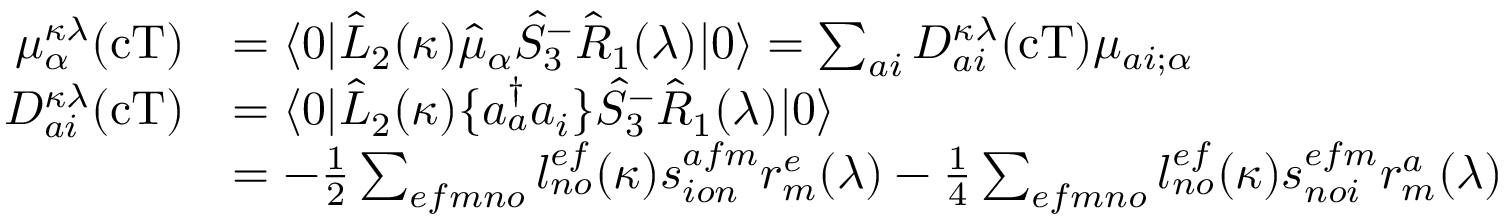
\begin{array} { r l } { \mu _ { \alpha } ^ { \kappa \lambda } ( \mathrm { c T } ) } & { = \langle 0 | \hat { L } _ { 2 } ( \kappa ) \hat { \mu } _ { \alpha } \hat { S } _ { 3 } ^ { - } \hat { R } _ { 1 } ( \lambda ) | 0 \rangle = \sum _ { a i } D _ { a i } ^ { \kappa \lambda } ( \mathrm { c T } ) \mu _ { a i ; \alpha } } \\ { D _ { a i } ^ { \kappa \lambda } ( \mathrm { c T } ) } & { = \langle 0 | \hat { L } _ { 2 } ( \kappa ) \{ a _ { a } ^ { \dagger } a _ { i } \} \hat { S } _ { 3 } ^ { - } \hat { R } _ { 1 } ( \lambda ) | 0 \rangle } \\ & { = - \frac { 1 } { 2 } \sum _ { e f m n o } l _ { n o } ^ { e f } ( \kappa ) s _ { i o n } ^ { a f m } r _ { m } ^ { e } ( \lambda ) - \frac { 1 } { 4 } \sum _ { e f m n o } l _ { n o } ^ { e f } ( \kappa ) s _ { n o i } ^ { e f m } r _ { m } ^ { a } ( \lambda ) } \end{array}